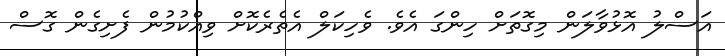
އަސްލު އޮޅުވާލަން މިގޮތަށް ހިންގަ އެވެ. ވެހިކަލް އެތެރެކޮށް ވިއްކުމުން ފެށިގެން ގޮސް